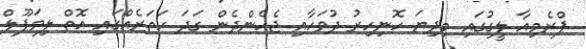
ޕްރެމިއާ ލީގުގައި މިދިޔަ ހޮނިހިރު ދުވަހާއި ޖެހެންދެން ގަދަ ހަތަރެއްގައި އޮތް ލިވަޕޫލް